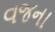
વજના